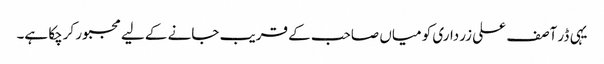
یہی ڈر آصف علی زرداری کو میاں صاحب کے قریب جانے کے لیے مجبور کرچکا ہے۔